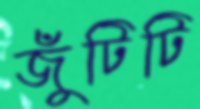
জুঁটিটি